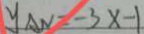
y _ { A N } = - 3 x - 1